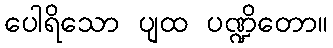
ပေါရိသော ပျထ ပဏ္ဍိတော။